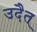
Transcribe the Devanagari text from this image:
उदैत्